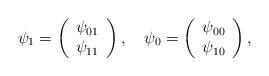
LaTeX: \begin{align*}\psi_1=\left(\begin{array}{c}\psi_{01}\\\psi_{11}\end{array}\right),\quad\psi_0=\left(\begin{array}{c}\psi_{00}\\\psi_{10}\end{array}\right),\end{align*}